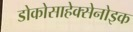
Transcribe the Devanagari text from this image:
डोकोसाहेक्सेनोइक